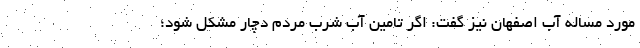
مورد مساله آب اصفهان نیز گفت: اگر تامین آب‌ شرب مردم دچار مشکل شود؛